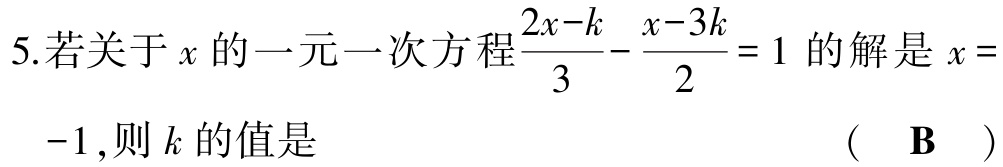
5.若关于\(x\)的一元一次方程\(\frac{2x - k}{3} - \frac{x - 3k}{2} = 1\)的解是\(x = -1\)，则\(k\)的值是  （  \(\mathbf{B}\)  ）